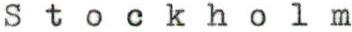
Stockholm